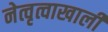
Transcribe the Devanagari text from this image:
नेत्वृत्वाखाली